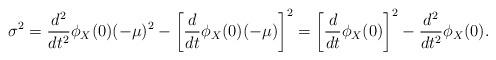
LaTeX: \begin{align*}\sigma^2 = \frac{d^2}{dt^2}\phi_X(0)(-\mu)^2 - \left[\frac{d}{dt}\phi_X(0)(-\mu)\right]^2 = \left[\frac{d}{dt}\phi_X(0)\right]^2-\frac{d^2}{dt^2}\phi_X(0) .\end{align*}